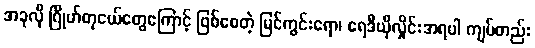
အခုလို ဂြိုဟ်တုငယ်တွေကြောင့် ဖြစ်စေတဲ့ မြင်ကွင်းရော၊ ရေဒီယိုလှိုင်းအရပါ ကျပ်တည်း